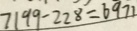
7 1 9 9 - 2 2 8 = 6 9 7 1